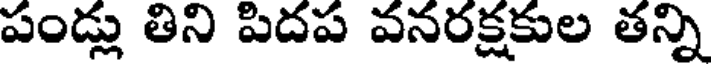
పండ్లు తిని పిదప వనరక్షకుల తన్ని